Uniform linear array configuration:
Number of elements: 48
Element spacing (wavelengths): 0.5
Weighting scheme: exponential
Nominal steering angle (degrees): -45
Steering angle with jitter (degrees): -46.5
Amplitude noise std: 0.05
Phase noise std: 0.05

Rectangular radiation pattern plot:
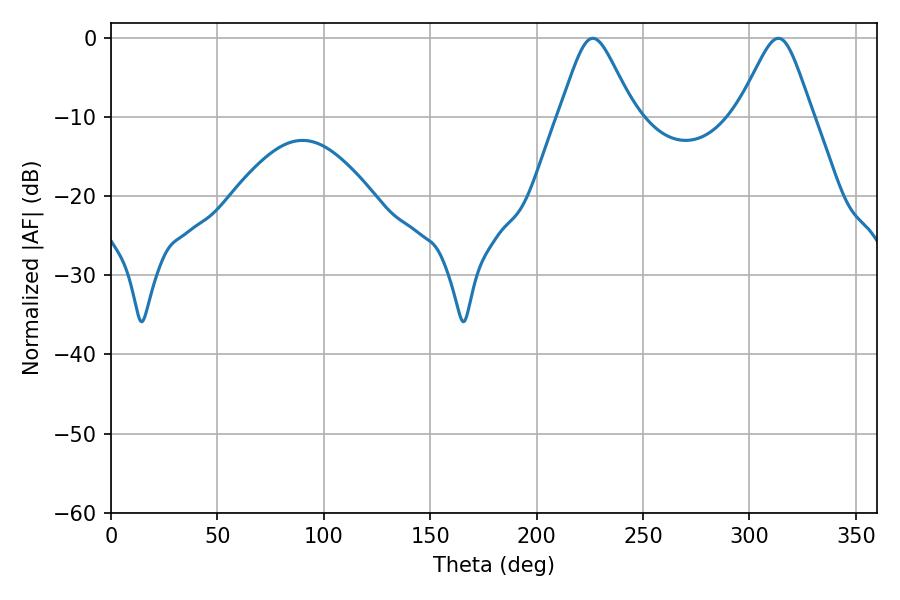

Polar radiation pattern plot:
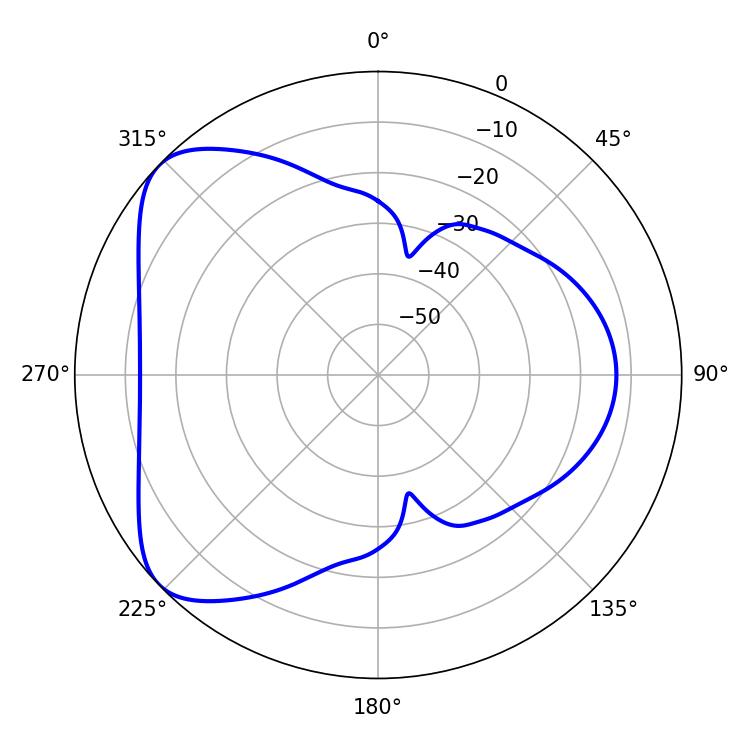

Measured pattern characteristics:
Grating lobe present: FALSE
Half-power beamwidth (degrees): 16.92
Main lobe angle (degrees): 313.56